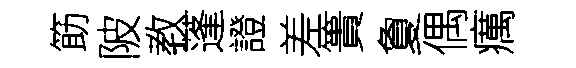
筯陂教蓬證差簣夐偶癘